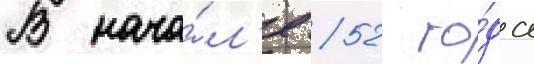
В нача́л'е 52 го́да